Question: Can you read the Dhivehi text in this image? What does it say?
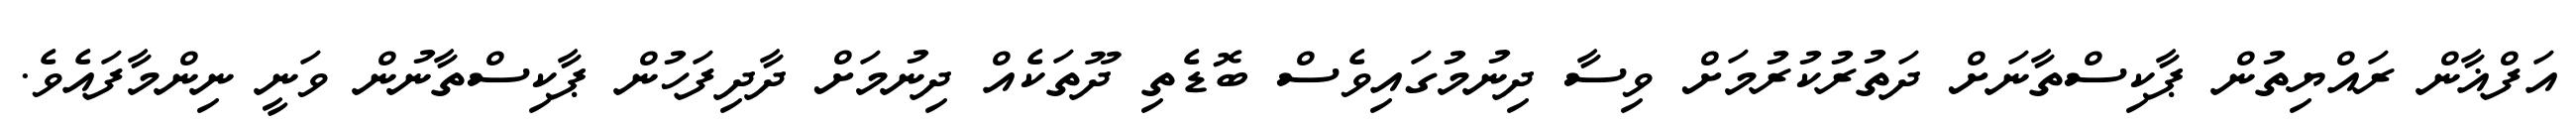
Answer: އަފްޣާން ރައްޔިތުން ޕާކިސްތާނަށް ދަތުރުކުރުމަށް ވިސާ ދިނުމުގައިވެސް ބޮޑެތި ދޫތަކެއް ދިނުމަށް ދާދިފަހުން ޕާކިސްތާނުން ވަނީ ނިންމާފައެވެ.